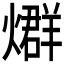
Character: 𤐆